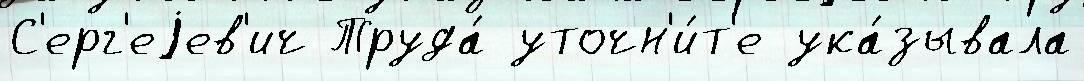
С'ерг'еjев'ич Труда́ уточн'и́т'е ука́зывала